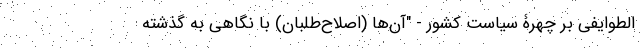
‌الطوایفی بر چهرۀ سیاست کشور - "آن‌ها (اصلاح‌طلبان) با نگاهی به گذشته